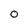
Character: 0